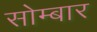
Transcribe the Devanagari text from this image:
सोम्बार